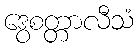
ဒွေစတ္တာလီသံ